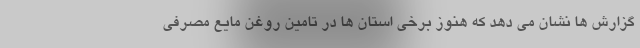
گزارش ها نشان می دهد که هنوز برخی استان ها در تامین روغن مایع مصرفی